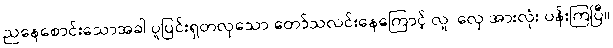
ညနေစောင်းသောအခါ ပူပြင်းရှတလှသော တော်သလင်းနေကြောင့် လူ၊ လှေ အားလုံး ပန်းကြပြီ။